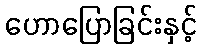
ဟောပြောခြင်းနှင့်